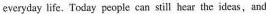
everyday life. Today people can still hear the ideas, and